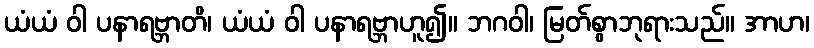
ယံယံ ဝါ ပနာရဗ္ဘာတိ၊ ယံယံ ဝါ ပနာရဗ္ဘာဟူ၍။ ဘဂဝါ၊ မြတ်စွာဘုရားသည်။ အာဟ၊